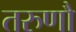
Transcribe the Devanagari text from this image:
तरुणौ